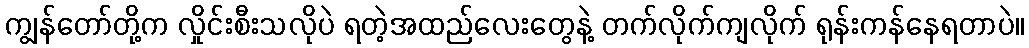
ကျွန်တော်တို့က လှိုင်းစီးသလိုပဲ ရတဲ့အထည်လေးတွေနဲ့ တက်လိုက်ကျလိုက် ရုန်းကန်နေရတာပဲ။